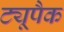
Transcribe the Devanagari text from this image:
ट्यूपैक